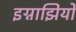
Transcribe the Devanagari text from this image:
इग्नाझियो